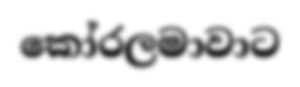
කෝරලමාවාට